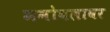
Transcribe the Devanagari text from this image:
मनोबलावर